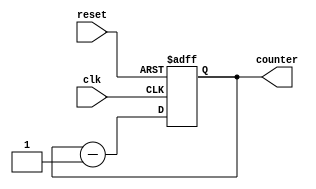
// Code your design here
module down_counter(input clk,
                  reset,
                  output[3:0] counter
                 );
  reg [3:0] counter_down;
  
  
  always @(posedge clk or posedge reset)
    begin
      if(reset)
        
        counter_down <= 4'd0;//result is 00
      else
        counter_down <= counter_down - 4'd1;//down counter
    end 
  assign
    counter= counter_down;
endmodule